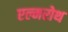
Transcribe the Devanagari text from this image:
एल्मरोथ